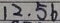
1 2 . 5 6